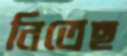
নিতেছ